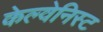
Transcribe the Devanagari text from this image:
केल्वेनिस्ट